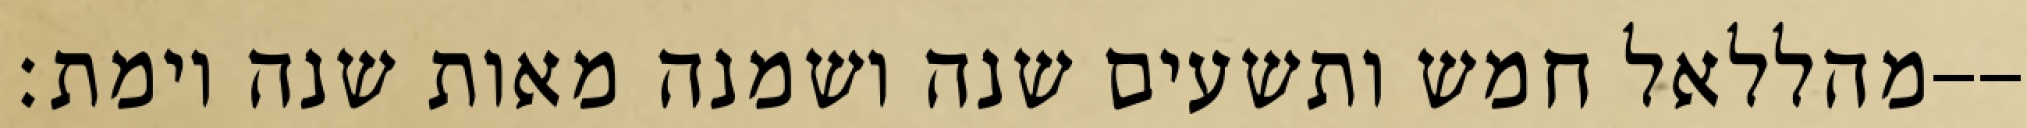
מהללאל חמש ותשעים שנה ושמנה מאות שנה וימת׃--